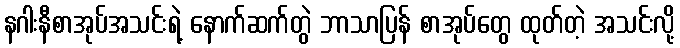
နဂါးနီစာအုပ်အသင်းရဲ့ နောက်ဆက်တွဲ ဘာသာပြန် စာအုပ်တွေ ထုတ်တဲ့ အသင်းလို့